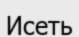
Исеть